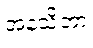
အနသိတာ